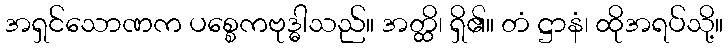
အရှင်သောဏက ပစ္စေကဗုဒ္ဓါသည်။ အတ္ထိ၊ ရှိ၏။ တံ ဋ္ဌာနံ၊ ထိုအရပ်သို့။